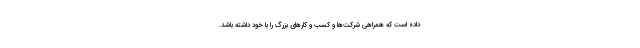
داده است که همراهی شرکت‌ها و کسب و کارهای بزرگ را با خود داشته باشد.